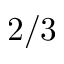
2 / 3